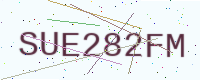
Text: SUE282FM